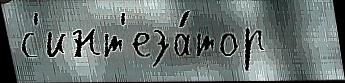
с'инт'еза́тор